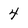
Character: 4